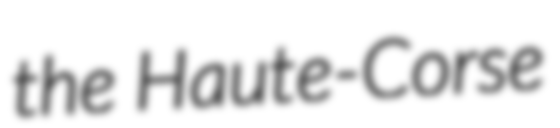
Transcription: the Haute-Corse